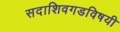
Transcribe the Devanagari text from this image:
सदाशिवगडविषयी